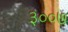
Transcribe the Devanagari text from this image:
३००७